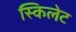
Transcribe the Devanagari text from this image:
स्किलेट